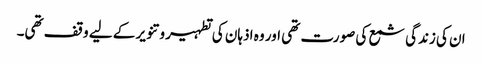
ان کی زندگی شمع کی صورت تھی اور وہ اذہان کی تطہیر و تنویر کے لیے وقف تھی۔